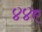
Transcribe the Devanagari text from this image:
४४ए